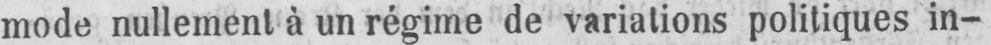
mode nullement à un régime de variations politiques in-